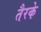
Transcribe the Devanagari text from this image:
तैरके